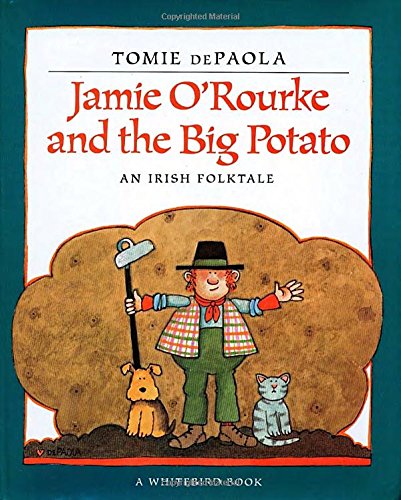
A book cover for Jamie O'Rourke and the Big Potato; Tomie dePaola; Children's Books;